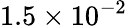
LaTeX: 1.5\times 10^{-2}